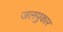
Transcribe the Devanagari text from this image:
जलपुकार